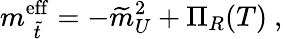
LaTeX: m_{\; \widetilde{t}}^{\mathrm{eff}}=-\widetilde{m}_{U}^{2}+\Pi_{R}(T)\ ,